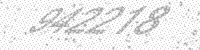
Solution: 942218